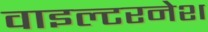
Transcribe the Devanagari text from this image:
वाइल्टरनेश